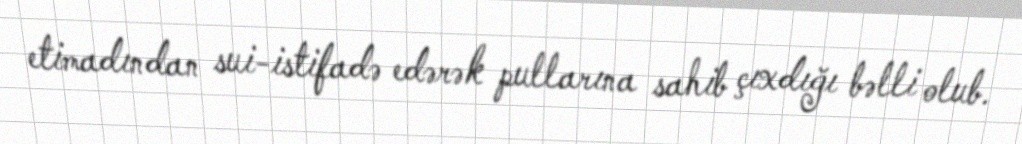
etimadından sui-istifadə edərək pullarına sahib çıxdığı bəlli olub.